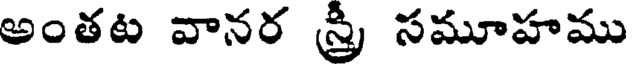
అంతట వానర స్రీ సమూహము